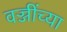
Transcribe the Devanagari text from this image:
वज्जींच्या